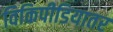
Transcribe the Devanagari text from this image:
विकिपीडियातर